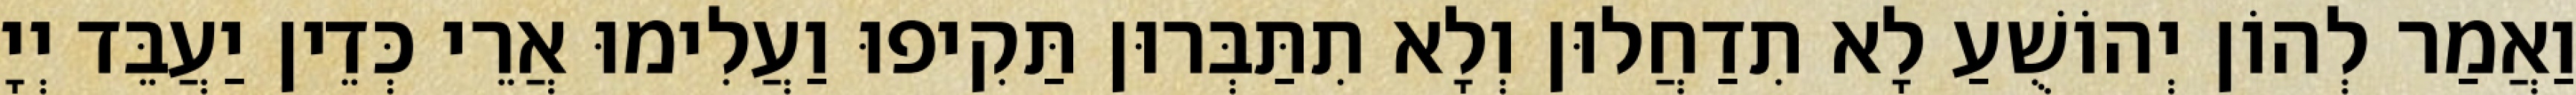
וַאֲמַר לְהוֹן יְהוֹשֻׁעַ לָא תִדַחֲלוּן וְלָא תִתַּבְּרוּן תַּקִיפוּ וַעֲלִימוּ אֲרֵי כְּדֵין יַעֲבֵּד יְיָ